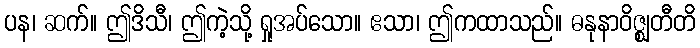
ပန၊ ဆက်။ ဤဒိသီ၊ ဤကဲ့သို့ ရှုအပ်သော။ ဧသာ၊ ဤကထာသည်။ ဓနုနာဝိဇ္ဈတီတိ